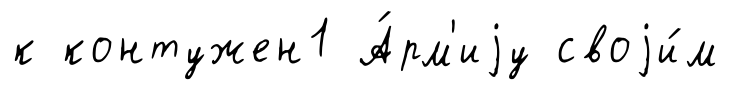
к контужен1 А́рм'иjу своjи́м